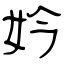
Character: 妗